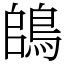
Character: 鴭